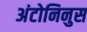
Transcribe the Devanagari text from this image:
अंटोनिनुस